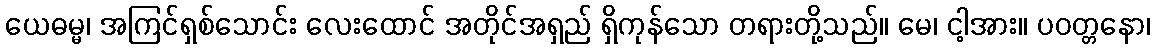
ယေဓမ္မ၊ အကြင်ရှစ်သောင်း လေးထောင် အတိုင်အရှည် ရှိကုန်သော တရားတို့သည်။ မေ၊ ငါ့အား။ ပဝတ္တနော၊